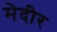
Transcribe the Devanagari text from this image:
मेदीर